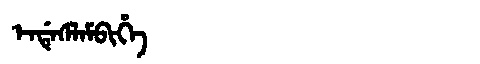
Manchu: ᡝᠨᡩᡝᠰᠯᠠᠮᠪᡳᡥᡝ
Romanization: ENDESLAMBIHE